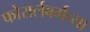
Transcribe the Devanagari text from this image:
फोरार्लबर्गच्या